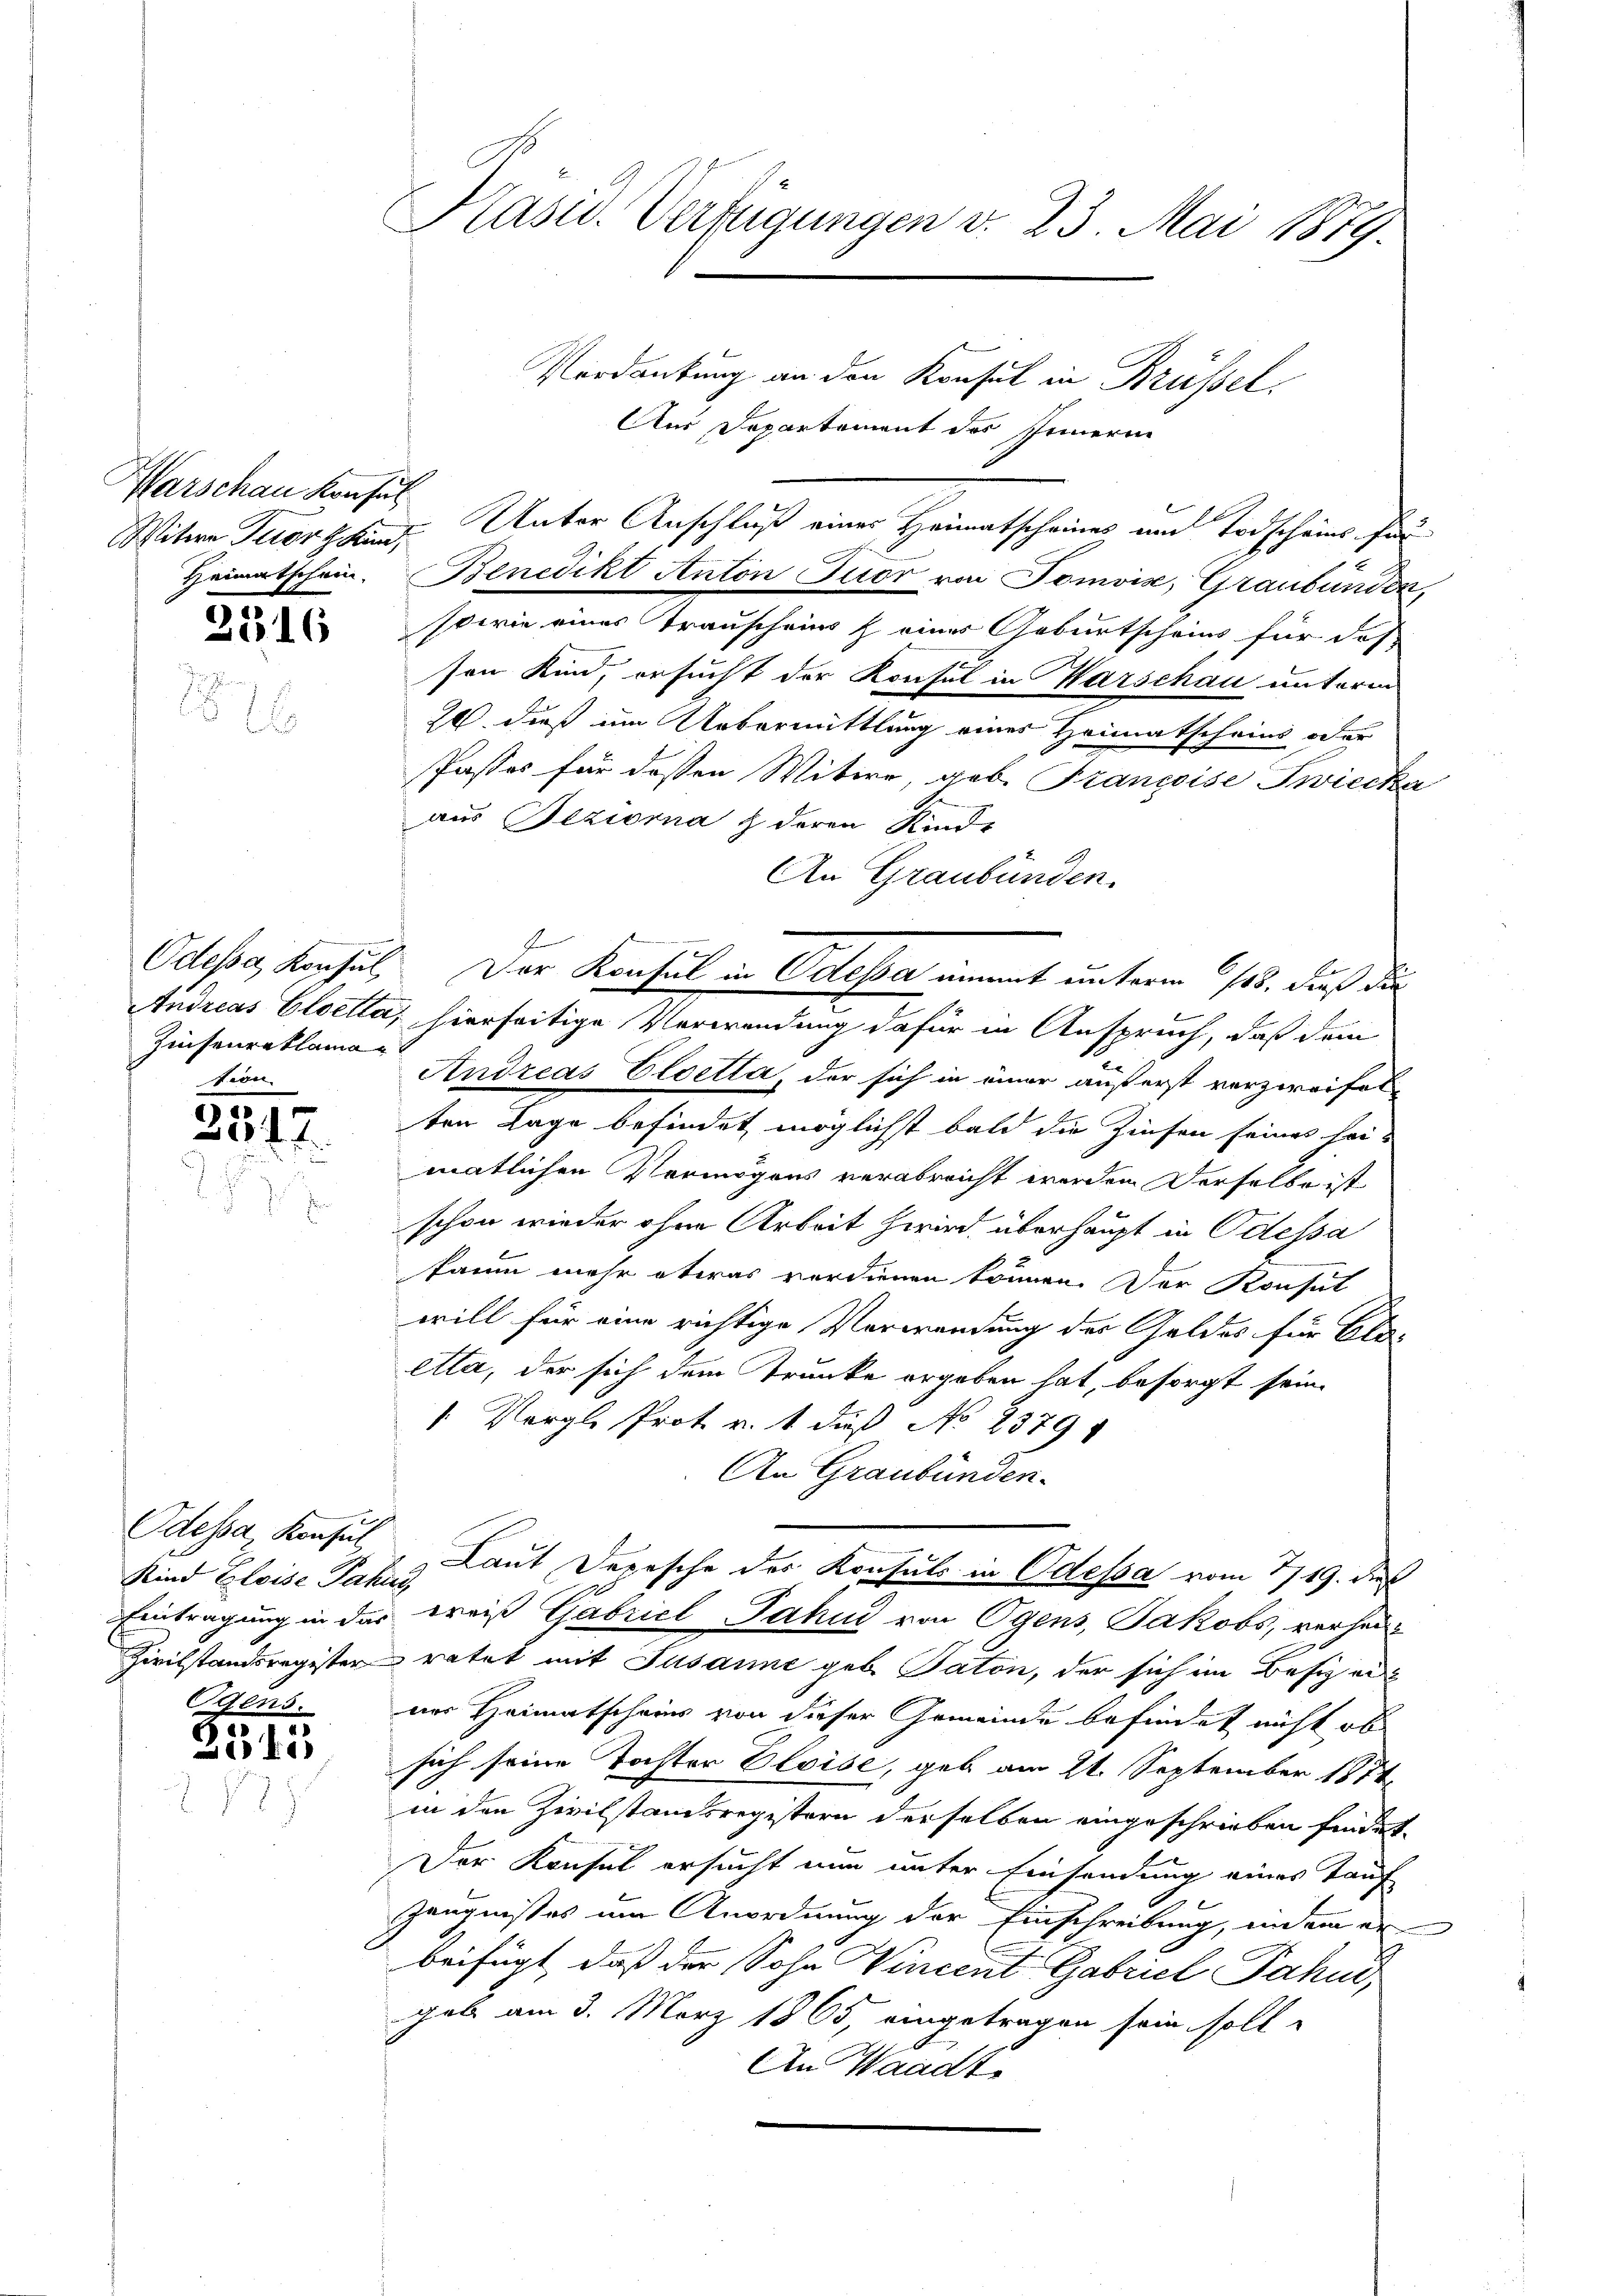
Witwe Tuor 4 Kind,

3316

Odessa Konsul
Zinsenreklamar
dere

55
307.

Odessa, Konsul
Kind Eloise Pahig

Egens.
2515

Kasid. Verfügungen v. 23. Mai 1879.

Marschau kaufes Unter Anschluß einer Heimatscheines und Todscheins für

Verdankung an den Konsul in Brüssel
Aus Departement des Innern
Heimatschein. Benedikt Anton Tuor von Tomoise, Graubünden,
sowie eines Trauscheins & eines Geburtscheins für das-
sen Kind, ersucht der Konsul in Warschau unterm
26. dieß um Uebermittlung eines Heimatscheins oder
Passes für dessen Witwe, geb. Francoise Zwiecka
aus Beziorna & deren Kinde
An Graubünden.
Andreas Eloetta, hierseitige Verwendung dafür in Anspruch, daß dem
Andreas Eloetta, der sich in einer äußerst verzweifet,
ten Lage befindet möglichst bald die Zinsen seines heimatlichen Vermögens verabreicht werden derselbe ist
schon wieder ohne Arbeit zwird, überhaupt in Odessa
kaum mehr etwas verdienen können. Der Konsul
will für eine richtige Verwendung der Geldes für Cla-
etta, der sich dem Trunke ergeben hat, besorgt sein.
. Vergl. Prot. v. 1. daß No 2379
An Graubünden.
Laut Depesche des Konsuls in Odessa vom 1719. des
Eintragung in das trois Gabricl Jahn von Ogens, Jakobs, verhei¬
Zivilstandsregister ratet mit Susanne geb. Paton, der sich im Besizei
ner Heimatscheins von dieser Gemeinde befindet nicht ob
sich seine Tochter Eleise, geb am 21. September 1874.
in den Zivilstandsregistern derselben eingeschrieben findet.
Der Konsul ersucht nun unter Einsendung eines Tauf
Zeugnisses um Anordnung der Einschreibung, indem er
beifügt, daß der Sohn Vincent Gabriel Fahne
gab am 3. März 1865, eingetragen sein solle
An Waadt

Der Konsul in Odessa ummt unterm 6/15., daß dies